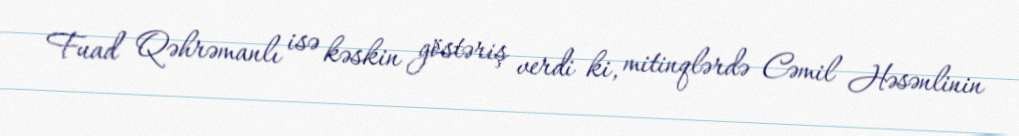
Fuad Qəhrəmanlı isə kəskin göstəriş verdi ki, mitinqlərdə Cəmil Həsənlinin